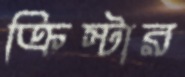
ক্রিস্টার